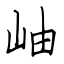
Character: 岫